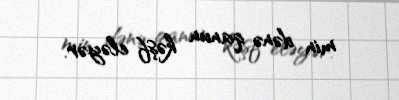
min dənə qanun kəşf eləyər.